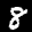
Label: 8